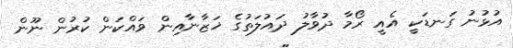
އުޅުނު ގަނޑަކީ އެއީ ރޯމާ ދުވާލު ދައުލަތުގެ ޚަޒާނާއިން ވައްކަން ކުރުން ނޫން